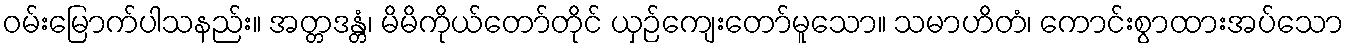
ဝမ်းမြောက်ပါသနည်း။ အတ္တဒန္တံ၊ မိမိကိုယ်တော်တိုင် ယှဉ်ကျေးတော်မူသော။ သမာဟိတံ၊ ကောင်းစွာထားအပ်သော